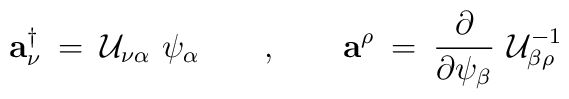
{\mathbf a}^{\dagger}_{\nu} \:=\: {\cal U}_{\nu\alpha}\,\,\psi_{\alpha}\;\;\;\;\;\;\;,\;\;\;\;\;\;\;{\mathbf a}^{\rho} \:=\: { \partial \over \partial \psi_{\beta} }\,\,{\cal U}^{-1}_{\beta\rho}